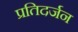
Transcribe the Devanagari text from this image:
प्रतिदर्जन